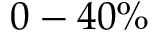
0 - 4 0 \%